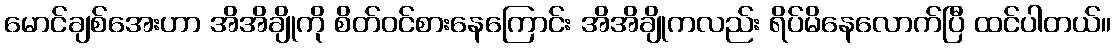
မောင်ချစ်အေးဟာ အိအိချိုကို စိတ်ဝင်စားနေကြောင်း အိအိချိုကလည်း ရိပ်မိနေလောက်ပြီ ထင်ပါတယ်။